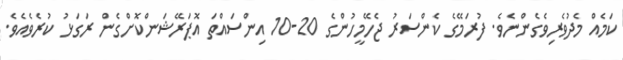
ކަމެއް މެދުވެރިވެގެންނެވެ. ފުރަމޭގެ ކެންސަރު ޖެހޭމީހުންގެ 20-10 އިންސައްތަ އޮޕަރޭޝަންކޮށްގެން ރަގަޅު ކުރެވެއެވެ.